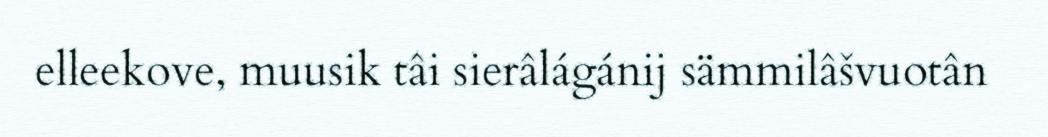
elleekove, muusik tâi sierâlágánij sämmilâšvuotân